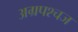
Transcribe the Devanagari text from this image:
अग्रपश्चज